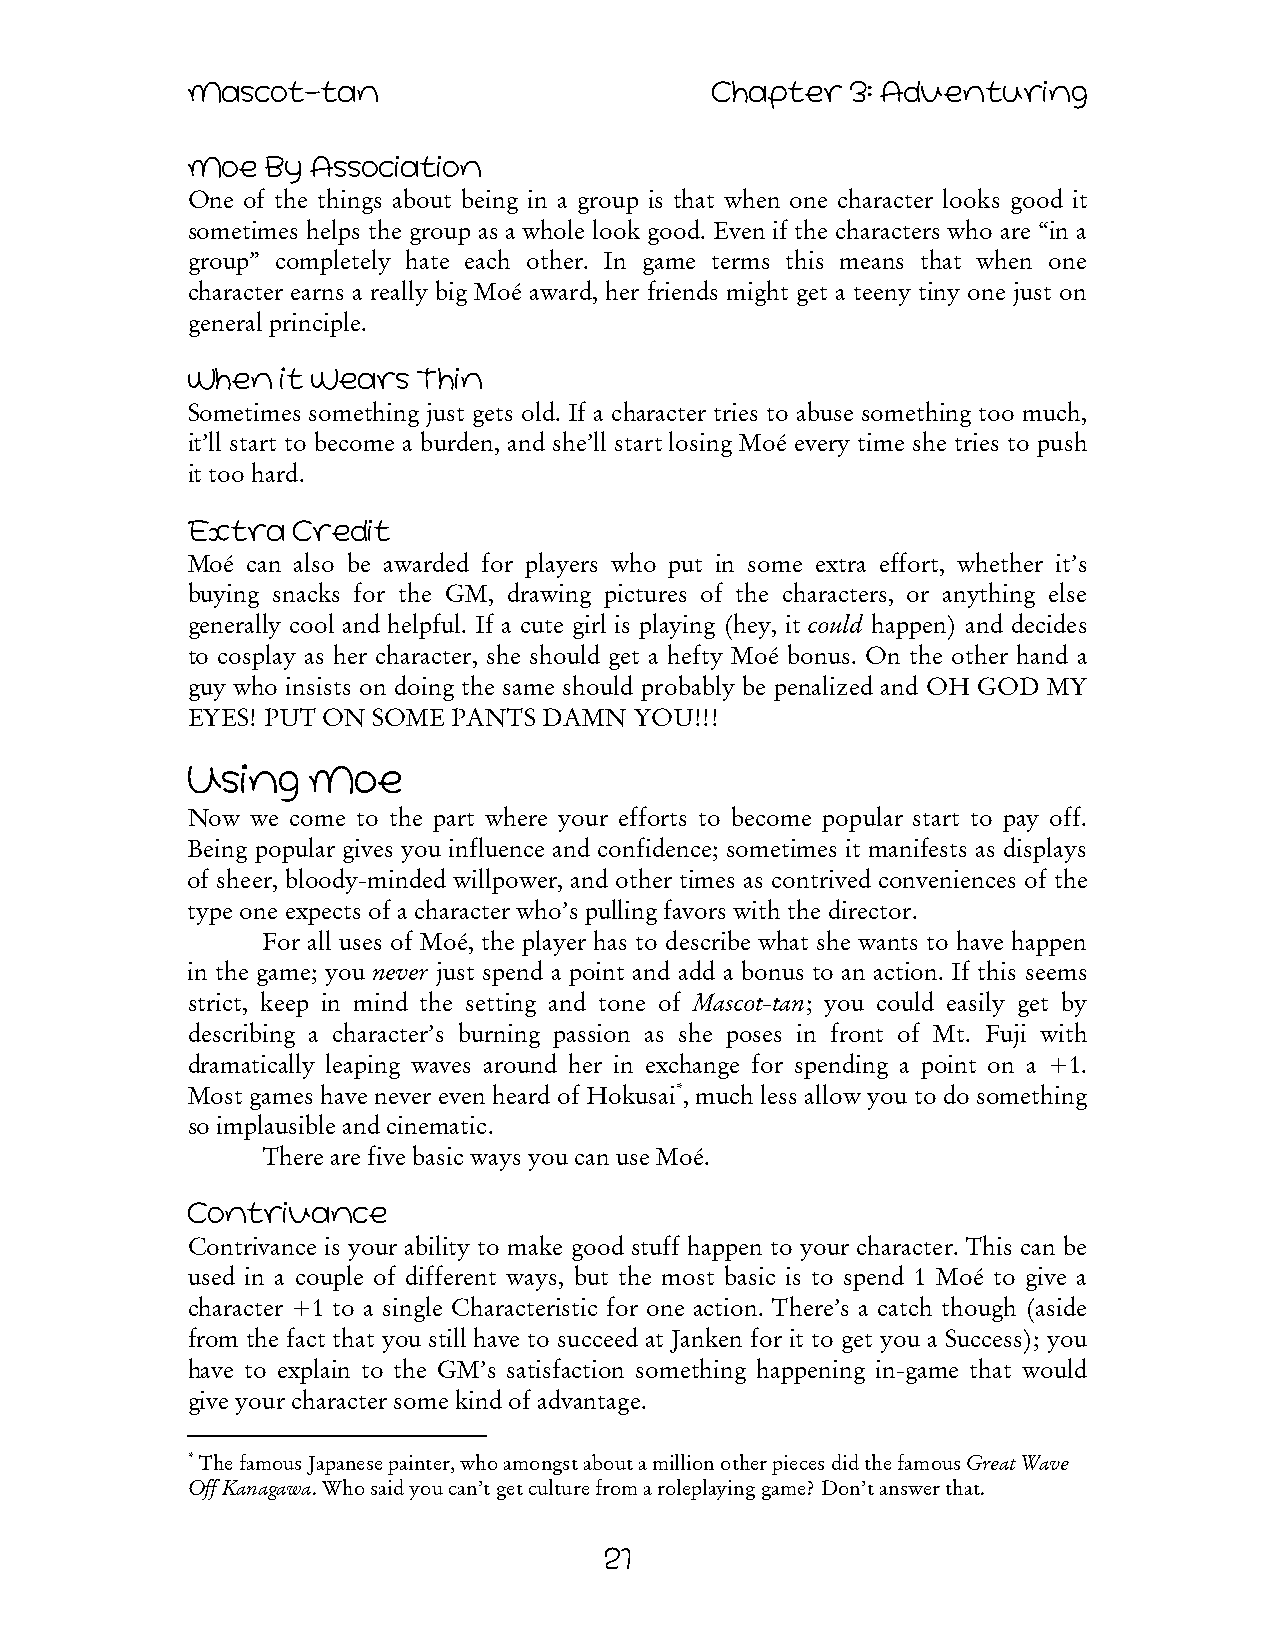
Mascot-tan                         Chapter  3: Adventuring
 Moe   By Association
 One of the things about being in a group is that when one character looks good it
 sometimes helps the group as a whole look good. Even if the characters who are “in a
 group” completely hate each other. In game terms this means that when one
 character earns a really big Moé award, her friends might get a teeny tiny one just on
 general principle.
 When   It Wears Thin
 Sometimes something just gets old. If a character tries to abuse something too much,
 it’ll start to become a burden, and she’ll start losing Moé every time she tries to push
 it too hard.
 Extra  Credit
 Moé can also be awarded for players who put in some extra effort, whether it’s
 buying snacks for the GM, drawing pictures of the characters, or anything else
 generally cool and helpful. If a cute girl is playing (hey, it could happen) and decides
 to cosplay as her character, she should get a hefty Moé bonus. On the other hand a
 guy who insists on doing the same should probably be penalized and OH GOD MY
 EYES! PUT ON SOME PANTS DAMN  YOU!!!
 Using   Moe
 Now  we come to the part where your efforts to become popular start to pay off.
 Being popular gives you influence and confidence; sometimes it manifests as displays
 of sheer, bloody-minded willpower, and other times as contrived conveniences of the
 type one expects of a character who’s pulling favors with the director.
 For all uses of Moé, the player has to describe what she wants to have happen
 in the game; you never just spend a point and add a bonus to an action. If this seems
 strict, keep in mind the setting and tone of Mascot-tan; you could easily get by
 describing a character’s burning passion as she poses in front of Mt. Fuji with
 dramatically leaping waves around her in exchange for spending a point on a +1.
 Most games have never even heard of Hokusai*, much less allow you to do something
 so implausible and cinematic.
 There are five basic ways you can use Moé.
 Contrivance
 Contrivance is your ability to make good stuff happen to your character. This can be
 used in a couple of different ways, but the most basic is to spend 1 Moé to give a
 character +1 to a single Characteristic for one action. There’s a catch though (aside
 from the fact that you still have to succeed at Janken for it to get you a Success); you
 have to explain to the GM’s satisfaction something happening in-game that would
 give your character some kind of advantage.
 * The famous Japanese painter, who amongst about a million other pieces did the famous Great Wave
 Off Kanagawa. Who said you can’t get culture from a roleplaying game? Don’t answer that.
 21